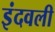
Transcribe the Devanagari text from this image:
इंदवली